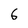
Character: 6